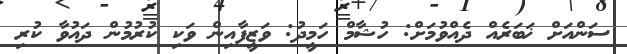
ސަންއަށް ޚަބަރެއް ދެއްވުމަށް: ހުޝާމް ހަމީދު: ވަޒީފާއިން ވަކި ކުރުމުން ދައުވާ ކުރި